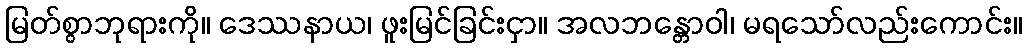
မြတ်စွာဘုရားကို။ ဒေဿနာယ၊ ဖူးမြင်ခြင်းငှာ။ အလဘန္တောဝါ၊ မရသော်လည်းကောင်း။